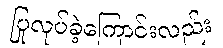
ပြုလုပ်ခဲ့ကြောင်းလည်း